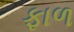
ફાળ